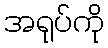
အရုပ်ကို